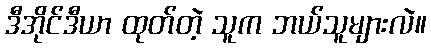
ဒီအိုင်ဒီယာ ထုတ်တဲ့ သူက ဘယ်သူများလဲ။